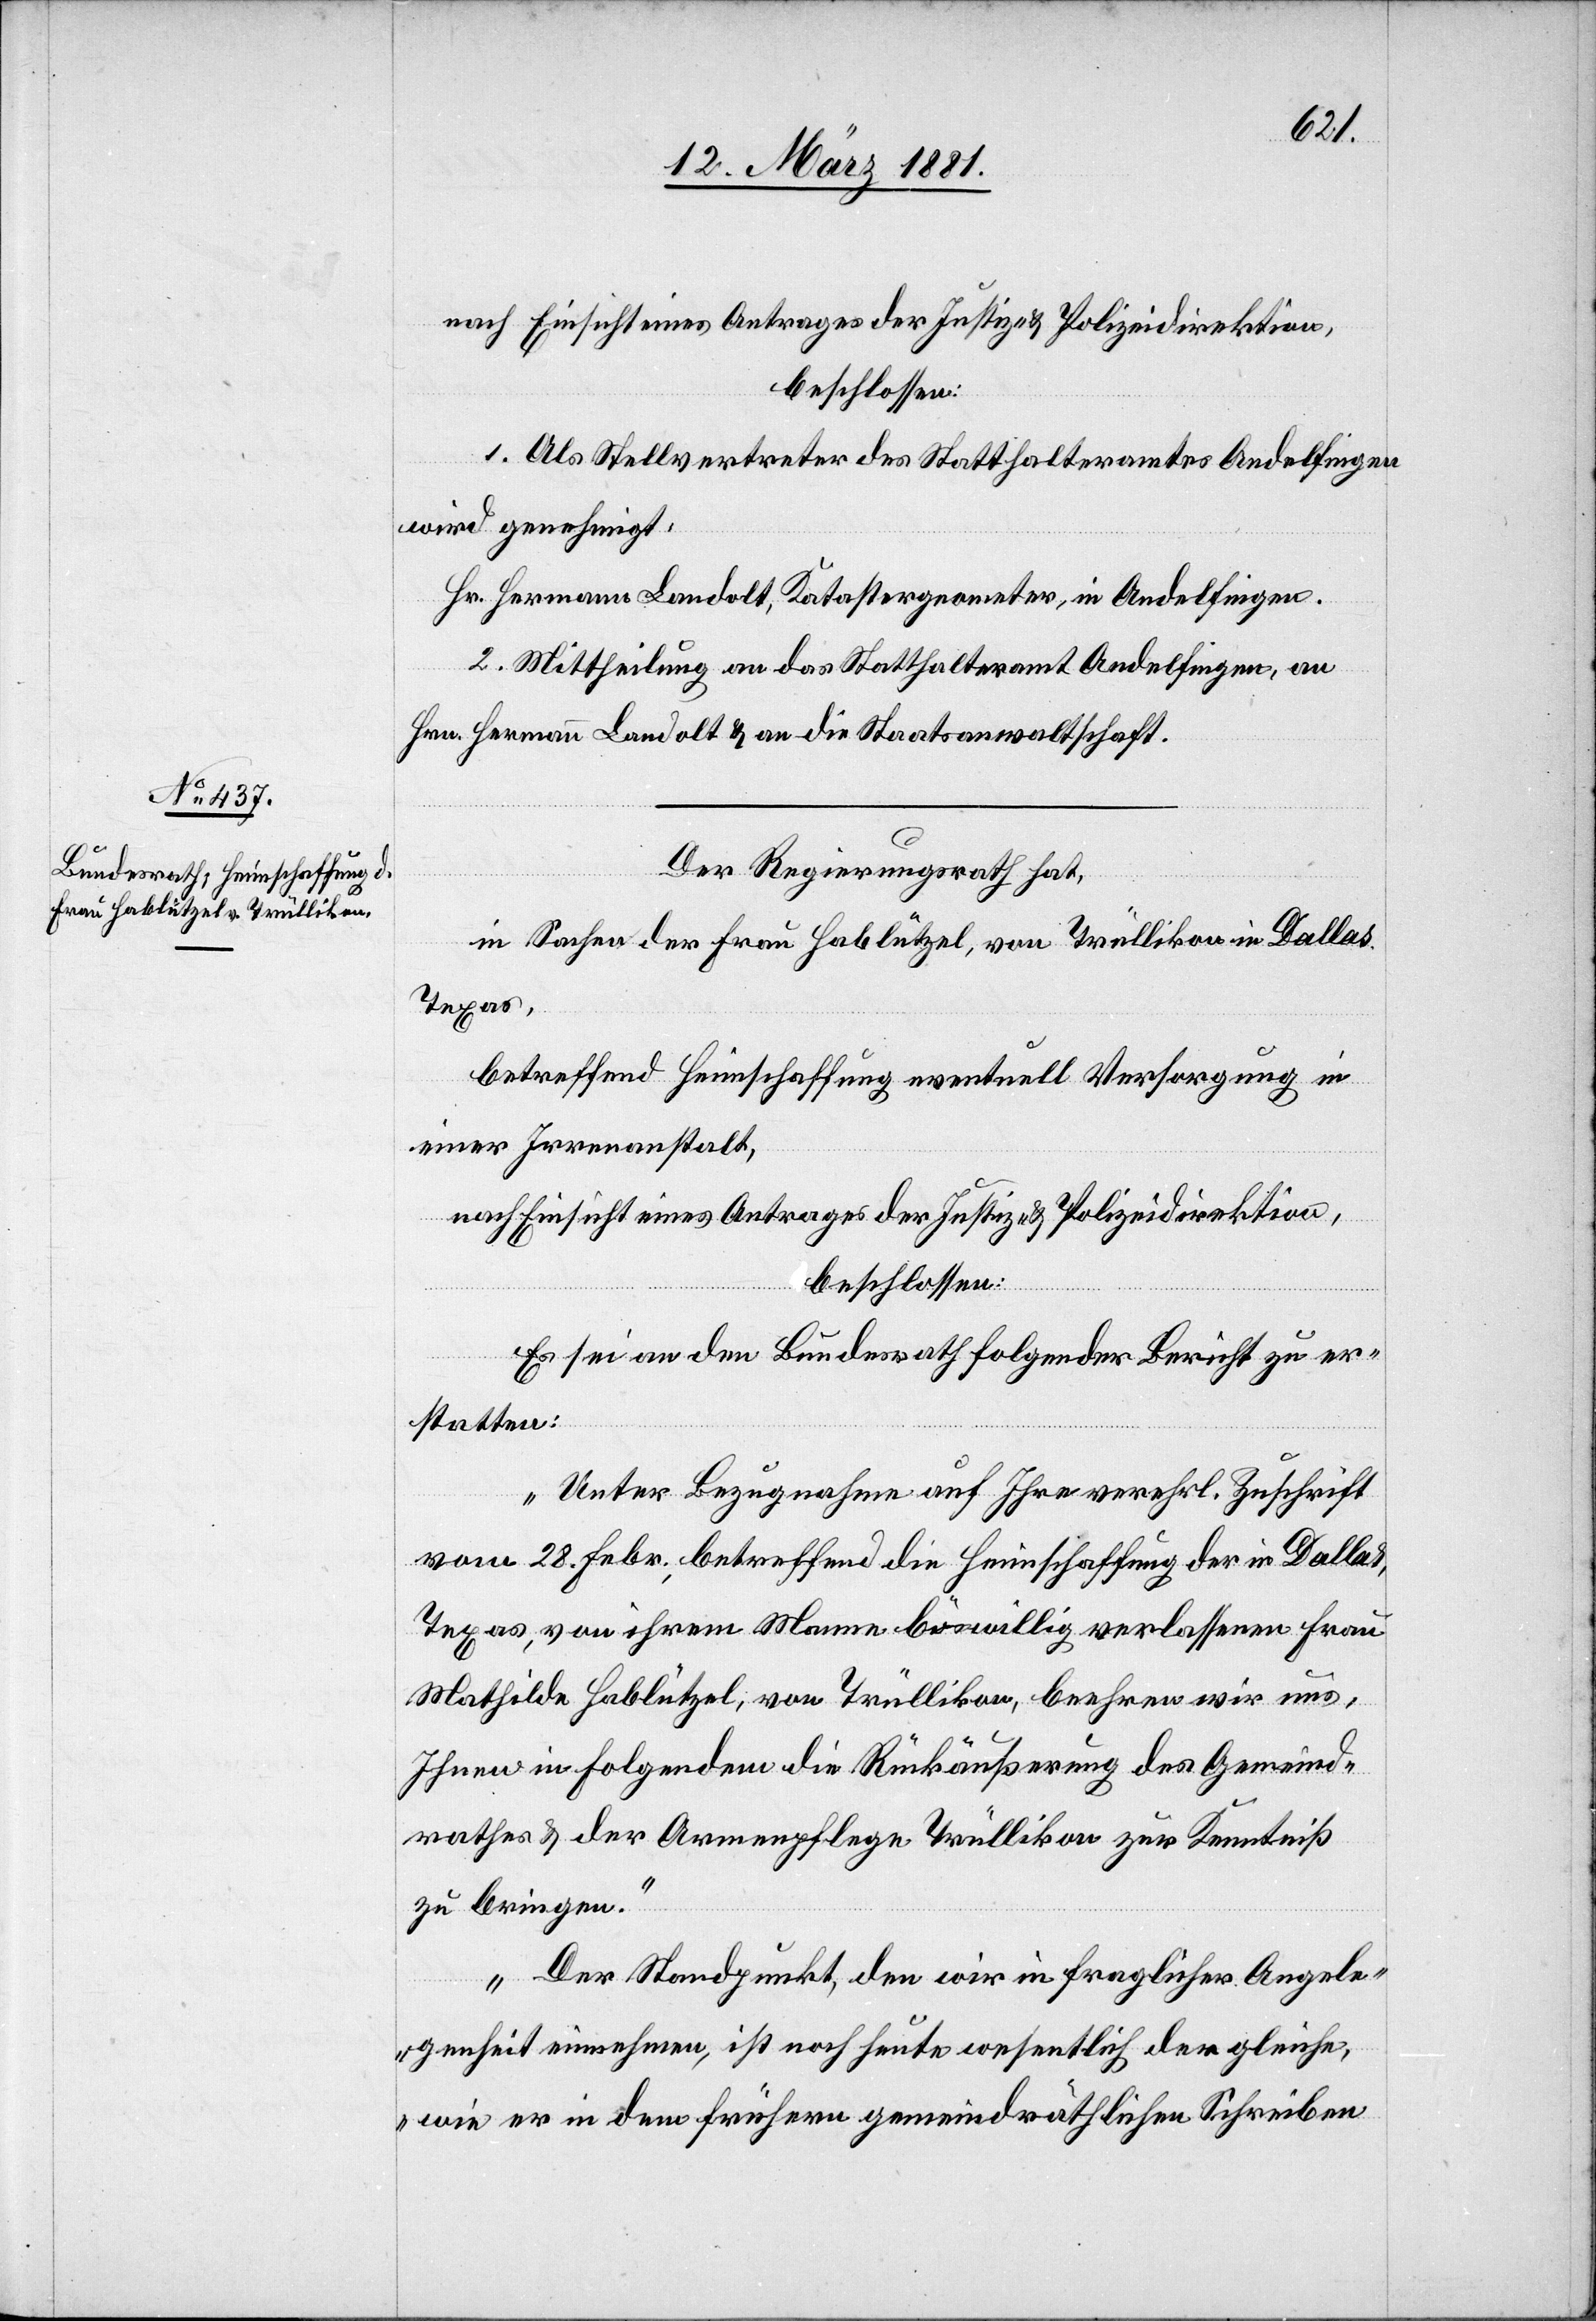
nach Einsicht eines Antrages der Justiz- & Polizeidirektion,
beschlossen:
1. Als Stellvertreter des Statthalteramtes Andelfingen
wird genehmigt.
Hr. Hermann Landolt, Katastergeometer, in Andelfingen
2. Mittheilung an das Statthalteramt Andelfingen, an
Hrn. Hermann Landolt & an die Staatsanwaltschaft.
Der Regierungsrath hat,
in Sachen der Frau Hablützel, von Trüllikon in Dallas
Texas,
betreffend Heimschaffung eventuell Versorgung in
einer Irrenheilanstalt,
nach Einsicht eines Antrages der Justiz- & Polizeidirektion,
beschlossen:
Es sei an den Bundesrath folgender Bericht zu er¬
statten:
„Unter Bezugnahme auf Ihre verehrl. Zuschrift
vom 28. Febr., betreffend die Heimschaffung der in Dallas,
Texas, von ihrem Manne böswillig verlassenen Frau
Mathilde Hablützel, von Trüllikon, beehren wir uns,
Ihnen in Folgendem die Rückäußerung des Gemeind¬
rathes & der Armenpflege Trüllikon zur Kenntniß
zu bringen.“
„Der Standpunkt, den wir in fraglicher Angele¬
genheit einnehmen, ist noch heute wesentlich der gleiche,
wie er in dem frühern gemeindräthlichen Schreiben